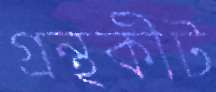
গ্রন্থকীট